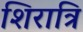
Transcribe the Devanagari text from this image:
शिरात्रि